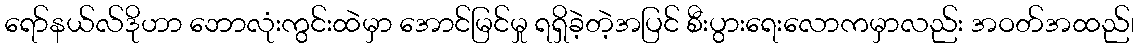
ရော်နယ်လ်ဒိုဟာ ဘောလုံးကွင်းထဲမှာ အောင်မြင်မှု ရရှိခဲ့တဲ့အပြင် စီးပွားရေးလောကမှာလည်း အဝတ်အထည်၊